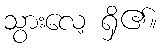
သွားလေ့ ရှိ၏။